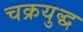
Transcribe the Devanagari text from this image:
चक्रयुद्ध